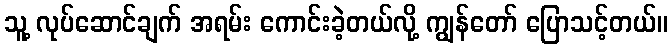
သူ့ လုပ်ဆောင်ချက် အရမ်း ကောင်းခဲ့တယ်လို့ ကျွန်တော် ပြောသင့်တယ်။